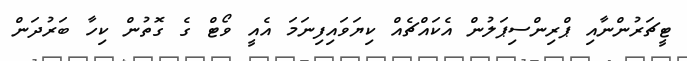
ޓީޗަރުންނާއި ޕްރިންސިޕަލުން އެކައްޗެއް ކިޔަވައިފިނަމަ އެއީ ވޯޓް ގެ ގޮތުން ކިހާ ބަރުދަން